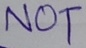
Text: NOT